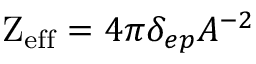
\mathrm { Z _ { e f f } } = { 4 \pi } \delta _ { e p } { A ^ { - 2 } }